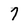
Character: 7